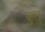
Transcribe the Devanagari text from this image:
कुतु